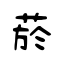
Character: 菸